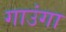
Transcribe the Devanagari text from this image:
गाउंगा